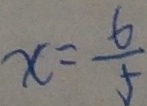
x = \frac { 6 } { 5 }